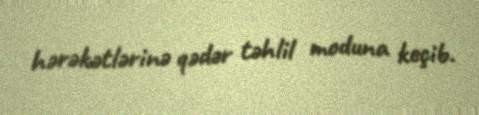
hərəkətlərinə qədər təhlil moduna keçib.